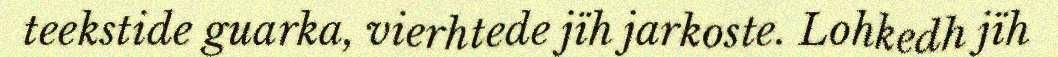
teekstide guarka, vierhtede jïh jarkoste. Lohkedh jïh